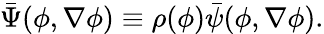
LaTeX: \begin{array}{r}{\bar{\Psi}(\phi,\nabla\phi)\equiv\rho(\phi)\bar{\psi}(\phi,\nabla\phi).}\end{array}